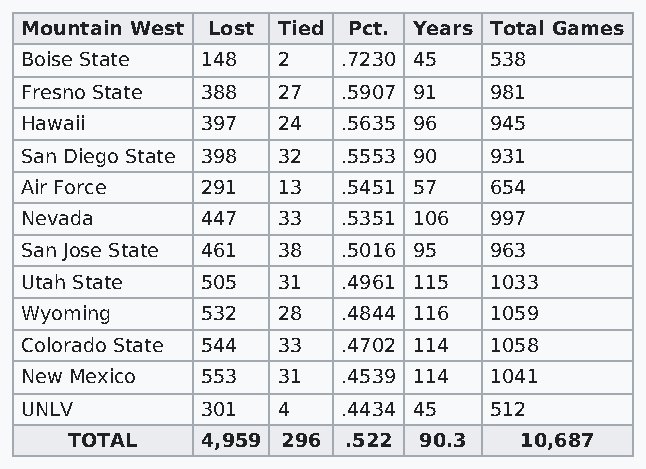
Mountain West Lost Tied Pct. Years Total Games
 Boise State 148  2    .7230 45 538
 Fresno State 388 27   .5907 91 981
 Hawaii      397  24   .5635 96 945
 San Diego State 398 32 .5553 90 931
 Air Force   291  13   .5451 57 654
 Nevada      447  33   .5351 106 997
 San Jose State 461 38 .5016 95 963
 Utah State  505  31   .4961 115 1033
 Wyoming     532  28   .4844 116 1059
 Colorado State 544 33 .4702 114 1058
 New Mexico  553  31   .4539 114 1041
 UNLV        301  4    .4434 45 512
 TOTAL    4,959 296 .522 90.3  10,687